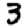
Digit: 3